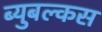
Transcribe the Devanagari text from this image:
ब्युबल्कस